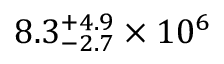
8 . 3 _ { - 2 . 7 } ^ { + 4 . 9 } \times 1 0 ^ { 6 }